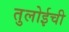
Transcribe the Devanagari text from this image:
तुलोईची